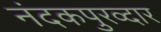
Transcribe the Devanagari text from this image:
नंदकपुरव्दार